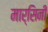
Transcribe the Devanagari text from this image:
मार्सिनी